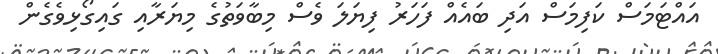
އައްޓަމަސް ކަފިމަސް އަދި ބައެއް ފަހަރު ފިޔަލަ ވެސް މިބާވަތުގެ މިޔަރާއި ގައިގޯޅިވެގެން